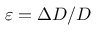
\varepsilon = \Delta D / D